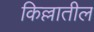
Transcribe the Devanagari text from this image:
किल्लातील